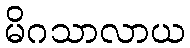
မိဂသာလာယ